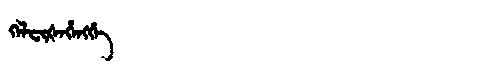
Manchu: ᡴᡝᠯᠸᡳᡧᡝᡥᡝᠩᡤᡝ
Romanization: KELFIŠEHENGGE